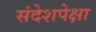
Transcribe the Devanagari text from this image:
संदेशपेक्षा